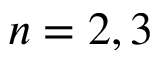
n = 2 , 3